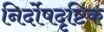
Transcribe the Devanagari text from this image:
निर्दोषदृष्टिक